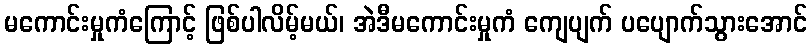
မကောင်းမှုကံကြောင့် ဖြစ်ပါလိမ့်မယ်၊ အဲဒီမကောင်းမှုကံ ကျေပျက် ပပျောက်သွားအောင်